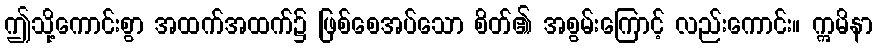
ဤသို့ကောင်းစွာ အထက်အထက်၌ ဖြစ်စေအပ်သော စိတ်၏ အစွမ်းကြောင့် လည်းကောင်း။ ဣမိနာ